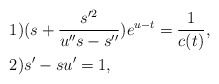
\begin{align*}&1)(s+\frac{s'^2}{u''s-s''})e^{u-t}=\frac{1}{c(t)},\\&2)s'-su'=1,\end{align*}